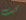
كيف